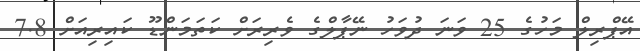
އޭޕްރިލް މަހުގެ 25 ވަނަ ދުވަހު ނޭޕާލްގެ ވެރިރަށް ކަތަމަންޑޫ ކައިރިއަށް 7.8